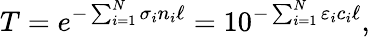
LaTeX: T=e^{-\sum_{i=1}^{N}\sigma_{i}n_{i}\ell}=10^{-\sum_{i=1}^{N}\varepsilon_{i}c_{i}\ell},